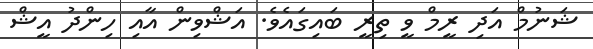
ޝަނުމް އަދި ރީމް ވީ ތިރީ ބައިގައެވެ. އަޝްވިން އާއި ހިންދު އީޝް